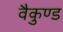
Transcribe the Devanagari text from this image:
वैकुण्ड